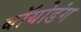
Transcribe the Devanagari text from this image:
बॉयोडंग